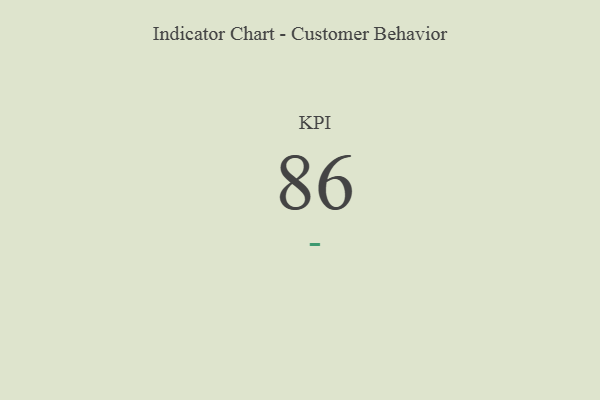
{"axis": {"x": "KPI", "y": "Value"}, "legend": [""], "data": [{"x": "KPI", "y": 86, "type": ""}]}